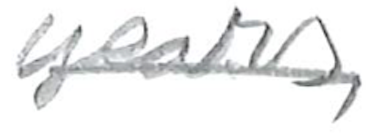
Text: years,
Cross-out: mix
Writing tool: pencil